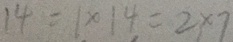
1 4 = 1 \times 1 4 = 2 \times 7